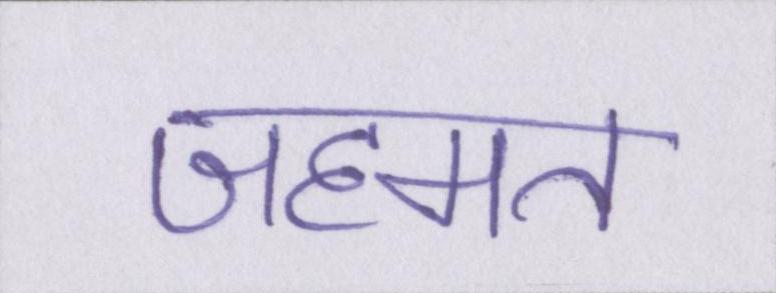
जहमत